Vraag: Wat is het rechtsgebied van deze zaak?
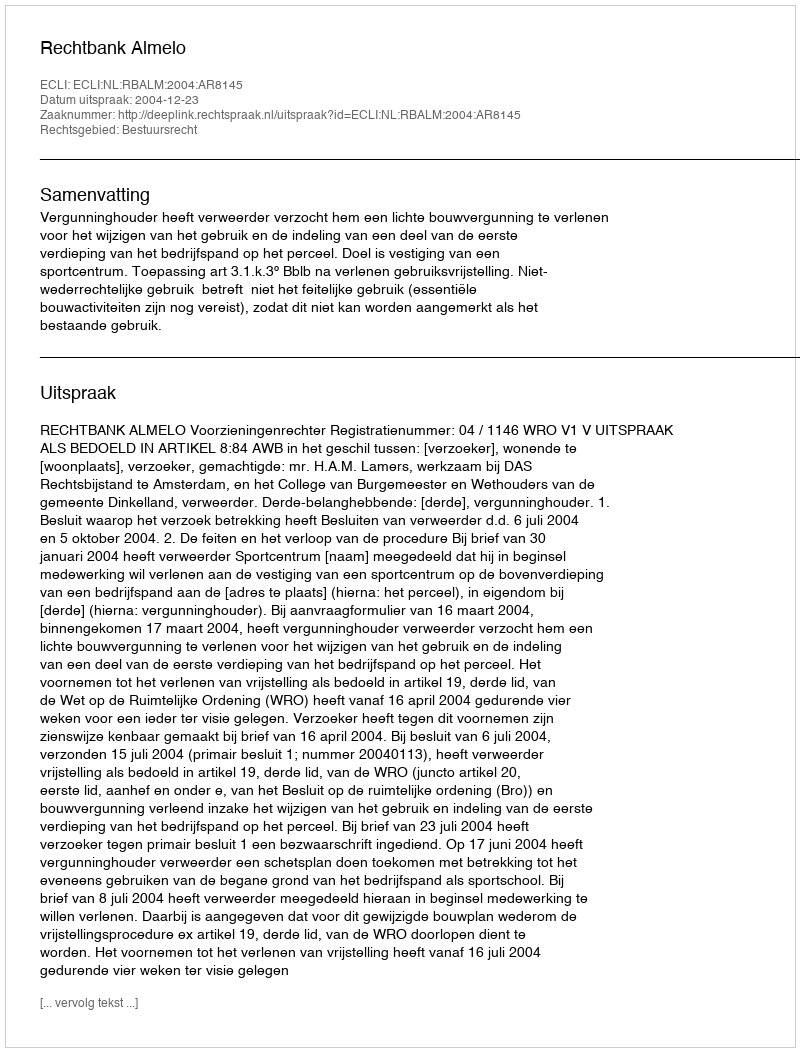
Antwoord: Bestuursrecht